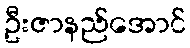
ဦးဇာနည်အောင်